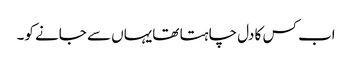
اب کس کا دل چاہتا تھایہاں سے جانے کو۔